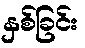
နှစ်ခြင်း